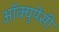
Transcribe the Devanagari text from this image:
अॉक्युपेंसी